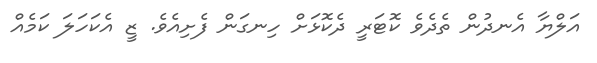
އަލްޔާ އެނދުން ތެދެވެ ކޮޓަރީ ދެކޮޅަށް ހިނގަން ފެށިއެވެ. ޒީ އެކަހަލަ ކަމެއް